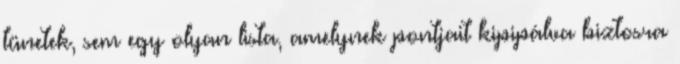
tünetek, sem egy olyan lista, amelynek pontjait kipipálva biztosra